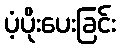
ပံ့ပိုးပေးခြင်း